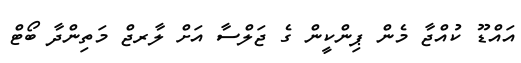
އައްޑޫ ކުއްޖާ މެން ޕިންކީން ގެ ޖަލްސާ އަށް ލާރޖް މަތިންދާ ބޯޓް